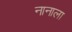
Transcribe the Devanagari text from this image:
नानाला